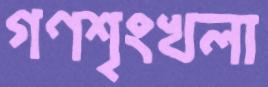
গণশৃংখলা